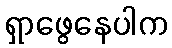
ရှာဖွေနေပါက